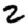
Digit: 2